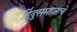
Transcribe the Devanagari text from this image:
हिंदुसमाजाचे